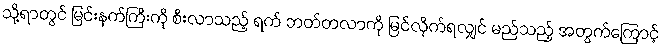
သို့ရာတွင် မြင်းနက်ကြီးကို စီးလာသည့် ရက် ဘတ်တလာကို မြင်လိုက်ရလျှင် မည်သည့် အတွက်ကြောင့်